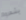
يشعروا